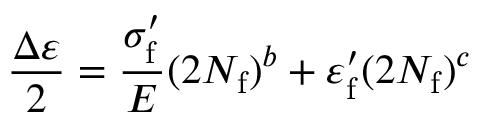
{ \frac { \Delta \varepsilon } { 2 } } = { \frac { \sigma _ { \mathrm { f } } ^ { \prime } } { E } } ( 2 N _ { \mathrm { f } } ) ^ { b } + \varepsilon _ { \mathrm { f } } ^ { \prime } ( 2 N _ { \mathrm { f } } ) ^ { c }